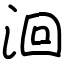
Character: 洄